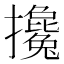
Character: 攙